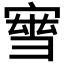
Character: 𡩝